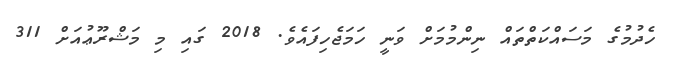
ހެދުމުގެ މަސައްކަތްތައް ނިންމުމަށް ވަނީ ހަމަޖެހިފައެވެ. 2018 ގައި މި މަޝްރޫޢުއަށް 311